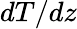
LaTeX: dT/dz